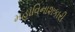
મહાવિનાશકારી